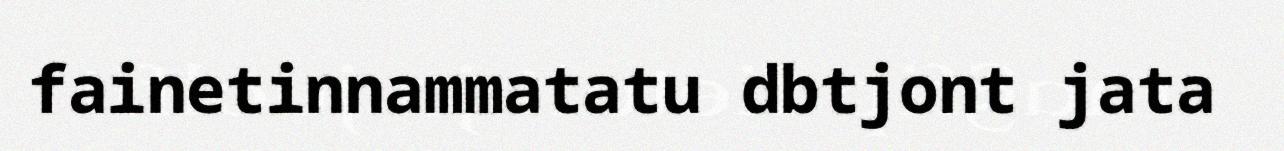
fainetinnammatatu dbtjont jata